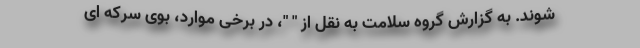
شوند. به گزارش گروه سلامت به نقل از " "، در برخی موارد، بوی سرکه ای